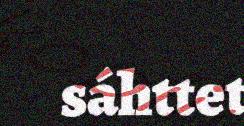
sáhttet